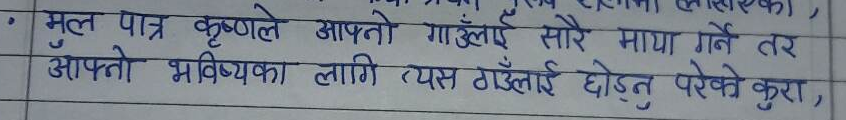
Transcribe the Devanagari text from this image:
मल पात्र कृष्णले आफ्नो गाउँलाई सारे माया गर्ने तर
आफ्नो भविष्यका लागि त्यस गउँलाई छोड्नु परेको कुरा,